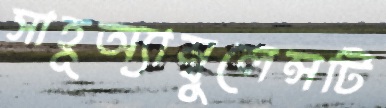
সাহূঅ্যাম্বুলেন্সটি